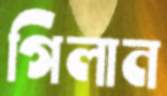
গিলান